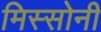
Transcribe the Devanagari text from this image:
मिस्सोनी